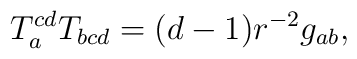
T_a^{cd}T_{bcd}=(d-1)r^{-2}g_{ab},